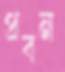
প্রবন